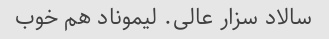
سالاد سزار عالی. لیموناد هم خوب